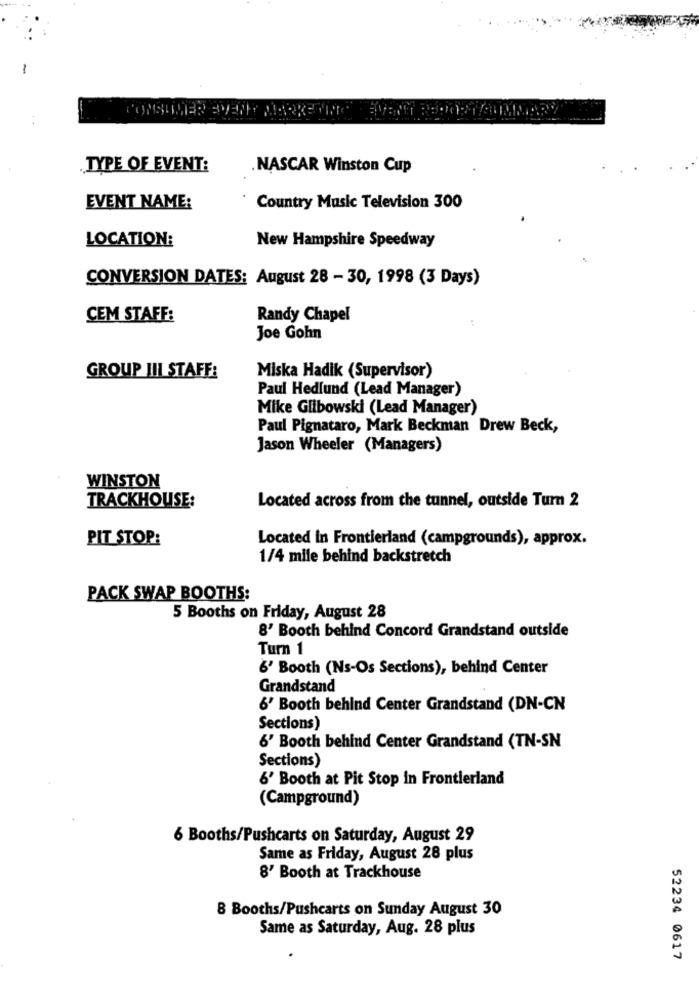
CONSUMER SVENY MARKETING
TYPE OF EVENT:
. NASCAR Winston Cup
EVENT NAME:
Country Music Television 300
LOCATION:
New Hampshire Speedway
CONVERSION DATES: August 28 - 30, 1998 (3 Days)
CEM STAFF:
Randy Chapel
Joe Gohn
Miska Hadik (Supervisor)
GROUP III STAFF:
Paul Hedlund (Lead Manager)
Mike Glibowski (Lead Manager)
Paul Pignataro, Mark Beckman Drew Beck,
Jason Wheeler (Managers)
WINSTON
Located across from the tunnel, outside Turn 2
TRACKHOUSE:
PIT STOP:
Located in Frontierland (campgrounds), approx.
1/4 mile behind backstretch
PACK SWAP BOOTHS:
5 Booths on Friday, August 28
8' Booth behind Concord Grandstand outside
Turn 1
&' Booth (Ns-Os Sections), behind Center
Grandstand
6' Booth behind Center Grandstand (DN-CN
Sections)
6' Booth behind Center Grandstand (TN-SN
Sections)
6' Booth at Pit Stop in Frontierland
(Campground)
6 Booths/Pushcarts on Saturday, August 29
Same as Friday, August 28 plus
8' Booth at Trackhouse
8 Booths/Pushcarts on Sunday August 30
Same as Saturday, Aug. 28 plus
52234 0617